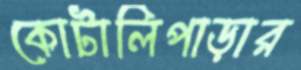
কোটালিপাড়ার